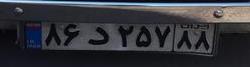
۸۶د۲۵۷۸۸